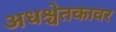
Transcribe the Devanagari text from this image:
अधश्चेतकावर